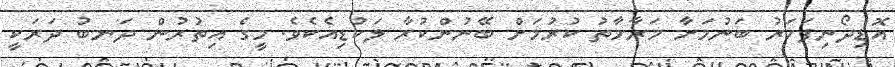
އޮޑިދޯނިފަހަރު ބަނުމަށާ މަރާމާތު ކުރުމަށް ބޭނުންކުރާ ލަކުޑިއެކެވެ. މީގެ އިތުރުން ދަނބު ދަރަކީ